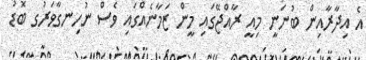
އެ އިދާރާއިން ބުނަނީ މިއީ ރާއްޖޭގައި މީން ޒަމާނެއްގައި ވެސް ނުހިނގާވަރުގ ބޮޑު